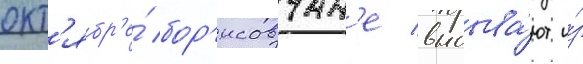
окт'ябр'е́ бор'исовчан'е выбыва́ют и́з